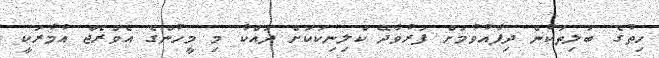
ހިތުގެ ބަލިތަކުން ދިފާއުވުމަށް ފަރުވާދޭ ކްލިނިކަކަށް ދައްކާ މި މީހުންގެ އެވްރެޖް އުމުރަކީ